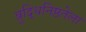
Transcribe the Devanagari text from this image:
बुद्धिनिष्ठतेला